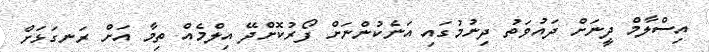
އިސްލާމް ދީނަށް ދައުވަތު ދިނުމުގައި އަނެކުންނަށް ފޯރުކޮށްދޭ އިލްމެއް ތިމާ އަށް ރަނގަޅަށް